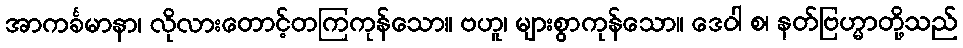
အာကင်္ခမာနာ၊ လိုလားတောင့်တကြကုန်သော။ ဗဟူ၊ များစွာကုန်သော။ ဒေဝါ စ၊ နတ်ဗြဟ္မာတို့သည်